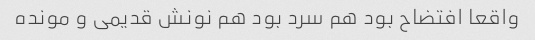
واقعا افتضاح بود هم سرد بود هم نونش قدیمی و مونده